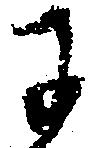
に